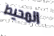
المحيط